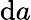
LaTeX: {\mathrm{d}}a